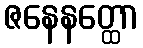
ဇနေနတ္ထော